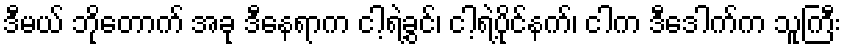
ဒီမယ် ဘိုတောက် အခု ဒီနေရာက ငါ့ရဲ့ခွင်၊ ငါ့ရဲ့ပိုင်နက်၊ ငါက ဒီဒေါက်က သူကြီး